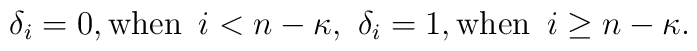
\delta_{i}=0, {\mathrm{when}}\,\,\, i<n-\kappa,\,\,\delta_{i}=1,{\mathrm{when}}\,\,\, i \ge n-\kappa.